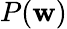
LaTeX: P(\mathbf{w})